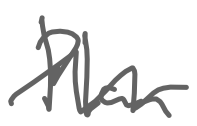
Text: Plan
Cross-out: zig-zag
Writing tool: digital_gray